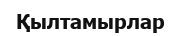
Қылтамырлар